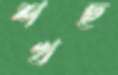
শখছ